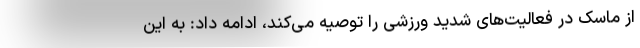
از ماسک در فعالیت‌های شدید ورزشی را توصیه می‌کند، ادامه داد: به این